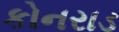
કોનરાડ